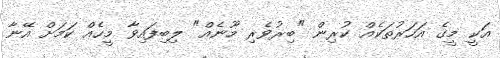
އަކީ މީގެ އަހަރުތަކެއް ކުރިން "ބިރުވެރި މޫނެއް" ލިބިފައިވާ މީހެއް ކަމަށް އޭނާ